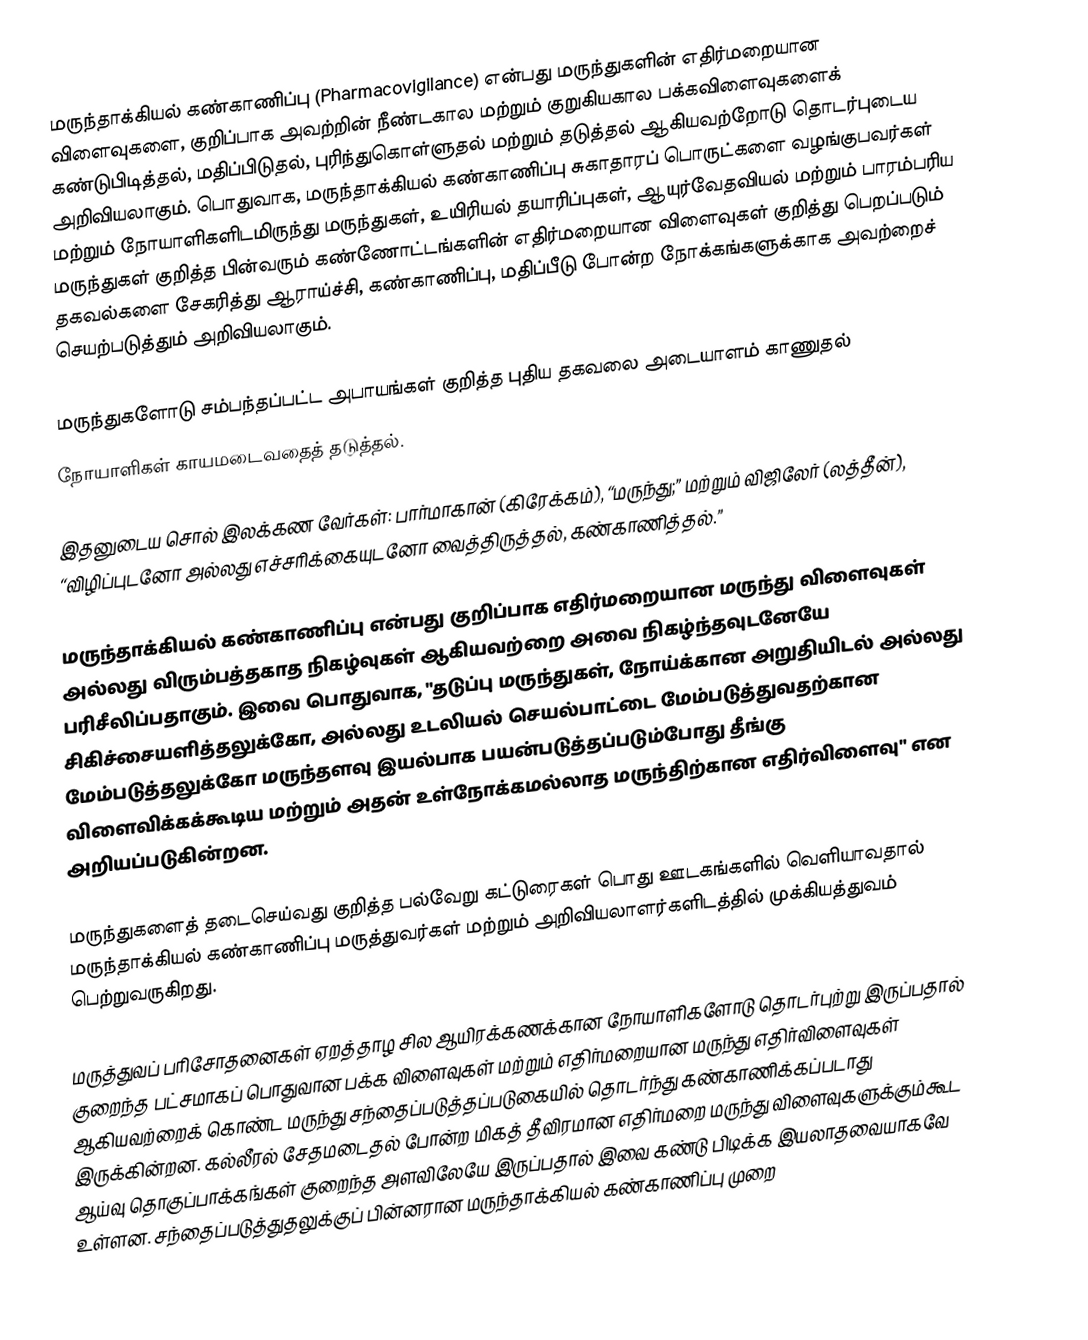
மருந்தாக்கியல் கண்காணிப்பு (Pharmacovigilance) என்பது மருந்துகளின் எதிர்மறையான விளைவுகளை, குறிப்பாக அவற்றின் நீண்டகால மற்றும் குறுகியகால பக்கவிளைவுகளைக் கண்டுபிடித்தல், மதிப்பிடுதல், புரிந்துகொள்ளுதல் மற்றும் தடுத்தல் ஆகியவற்றோடு தொடர்புடைய அறிவியலாகும். பொதுவாக, மருந்தாக்கியல் கண்காணிப்பு சுகாதாரப் பொருட்களை வழங்குபவர்கள் மற்றும் நோயாளிகளிடமிருந்து மருந்துகள், உயிரியல் தயாரிப்புகள், ஆயுர்வேதவியல் மற்றும் பாரம்பரிய மருந்துகள் குறித்த பின்வரும் கண்ணோட்டங்களின் எதிர்மறையான விளைவுகள் குறித்து பெறப்படும் தகவல்களை சேகரித்து ஆராய்ச்சி, கண்காணிப்பு, மதிப்பீடு போன்ற நோக்கங்களுக்காக  அவற்றைச் செயற்படுத்தும் அறிவியலாகும்.

 மருந்துகளோடு சம்பந்தப்பட்ட அபாயங்கள் குறித்த புதிய தகவலை அடையாளம் காணுதல்
 நோயாளிகள் காயமடைவதைத் தடுத்தல்.

இதனுடைய சொல் இலக்கண வேர்கள்: பார்மாகான் (கிரேக்கம்), “மருந்து;” மற்றும் விஜிலேர் (லத்தீன்), “விழிப்புடனோ அல்லது எச்சரிக்கையுடனோ வைத்திருத்தல், கண்காணித்தல்.”

மருந்தாக்கியல் கண்காணிப்பு என்பது குறிப்பாக எதிர்மறையான மருந்து விளைவுகள் அல்லது விரும்பத்தகாத நிகழ்வுகள் ஆகியவற்றை அவை நிகழ்ந்தவுடனேயே பரிசீலிப்பதாகும். இவை பொதுவாக, "தடுப்பு மருந்துகள், நோய்க்கான அறுதியிடல் அல்லது சிகிச்சையளித்தலுக்கோ, அல்லது உடலியல் செயல்பாட்டை மேம்படுத்துவதற்கான மேம்படுத்தலுக்கோ மருந்தளவு இயல்பாக பயன்படுத்தப்படும்போது தீங்கு விளைவிக்கக்கூடிய மற்றும் அதன் உள்நோக்கமல்லாத மருந்திற்கான எதிர்விளைவு" என அறியப்படுகின்றன.

மருந்துகளைத் தடைசெய்வது குறித்த பல்வேறு கட்டுரைகள் பொது ஊடகங்களில் வெளியாவதால் மருந்தாக்கியல் கண்காணிப்பு மருத்துவர்கள் மற்றும் அறிவியலாளர்களிடத்தில் முக்கியத்துவம் பெற்றுவருகிறது.

மருத்துவப் பரிசோதனைகள் ஏறத்தாழ சில ஆயிரக்கணக்கான நோயாளிகளோடு தொடர்புற்று இருப்பதால் குறைந்த பட்சமாகப் பொதுவான பக்க விளைவுகள் மற்றும் எதிர்மறையான மருந்து எதிர்விளைவுகள் ஆகியவற்றைக் கொண்ட மருந்து சந்தைப்படுத்தப்படுகையில் தொடர்ந்து கண்காணிக்கப்படாது இருக்கின்றன. கல்லீரல் சேதமடைதல் போன்ற மிகத் தீவிரமான எதிர்மறை மருந்து விளைவுகளுக்கும்கூட ஆய்வு தொகுப்பாக்கங்கள் குறைந்த அளவிலேயே இருப்பதால் இவை கண்டு பிடிக்க இயலாதவையாகவே உள்ளன. சந்தைப்படுத்துதலுக்குப் பின்னரான மருந்தாக்கியல் கண்காணிப்பு முறை